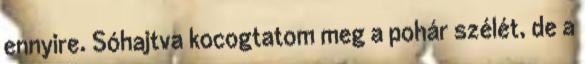
ennyire. Sóhajtva kocogtatom meg a pohár szélét, de a